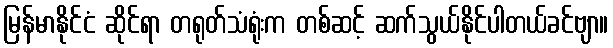
မြန်မာနိုင်ငံ ဆိုင်ရာ တရုတ်သံရုံးက တစ်ဆင့် ဆက်သွယ်နိုင်ပါတယ်ခင်ဗျာ။